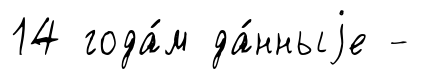
14 года́м да́нныjе -